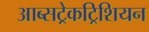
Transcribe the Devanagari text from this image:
आब्सट्रेकट्रिशियन